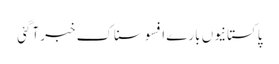
پاکستانیوں بارے افسوسناک خبر آگئی